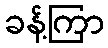
ခန့်ကြာ